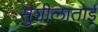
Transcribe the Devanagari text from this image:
सुशीलाताई